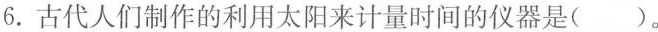
6.古代人们制作的利用太阳来计量时间的仪器是()。